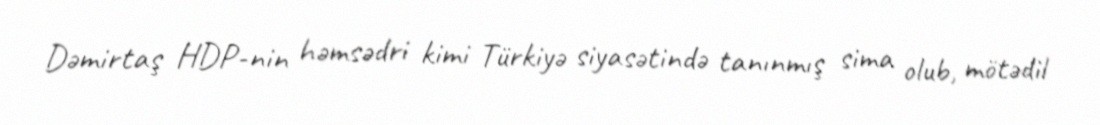
Dəmirtaş HDP-nin həmsədri kimi Türkiyə siyasətində tanınmış sima olub, mötədil